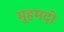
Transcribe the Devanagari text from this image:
मुहमदी